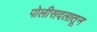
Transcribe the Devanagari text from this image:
पोलीसदलातून